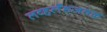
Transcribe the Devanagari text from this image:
लव्हलँडजवळ